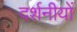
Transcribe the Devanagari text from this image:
दर्शनीयों